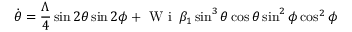
\dot { \theta } = \frac { \Lambda } { 4 } \sin 2 \theta \sin 2 \phi + \mathrm { ~ W ~ i ~ } \, \beta _ { 1 } \sin ^ { 3 } \theta \cos \theta \sin ^ { 2 } \phi \cos ^ { 2 } \phi